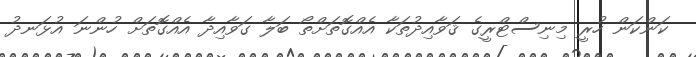
ކަންކަން ހުރީ މިނިސްޓްރީގެ ޤަވާއިދުތަކާ އެއްގޮތަށްތޯ ބަލާ ގަވާއިދާ އެއްގޮތަށް ހުންނަ އުޅަނދު